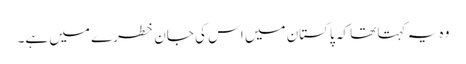
وہ یہ کہتا تھا کہ پاکستان میں اس کی جان خطرے میں ہے۔